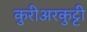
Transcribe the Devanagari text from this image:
कुरीअरकुट्टी